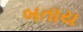
બતાય